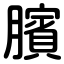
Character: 臏